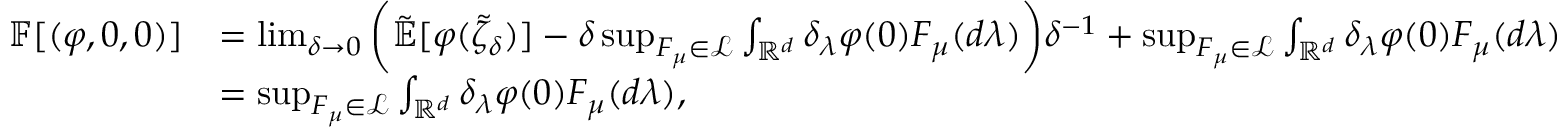
\begin{array} { r l } { \mathbb { F } [ ( \varphi , 0 , 0 ) ] } & { = \operatorname* { l i m } _ { \delta \rightarrow 0 } \bigg ( \mathbb { \tilde { E } } [ \varphi ( \tilde { \zeta } _ { \delta } ) ] - \delta \operatorname* { s u p } _ { F _ { \mu } \in \mathcal { L } } \int _ { \mathbb { R } ^ { d } } \delta _ { \lambda } \varphi ( 0 ) F _ { \mu } ( d \lambda ) \bigg ) \delta ^ { - 1 } + \operatorname* { s u p } _ { F _ { \mu } \in \mathcal { L } } \int _ { \mathbb { R } ^ { d } } \delta _ { \lambda } \varphi ( 0 ) F _ { \mu } ( d \lambda ) } \\ & { = \operatorname* { s u p } _ { F _ { \mu } \in \mathcal { L } } \int _ { \mathbb { R } ^ { d } } \delta _ { \lambda } \varphi ( 0 ) F _ { \mu } ( d \lambda ) , } \end{array}